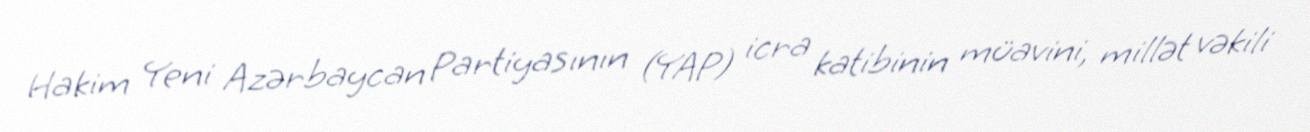
Hakim Yeni Azərbaycan Partiyasının (YAP) icra katibinin müavini, millət vəkili